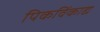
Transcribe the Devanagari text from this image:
पिकविंकाद्य